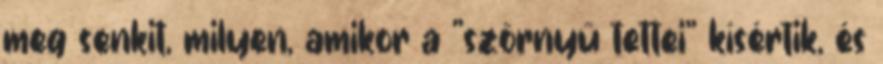
meg senkit, milyen, amikor a "szörnyű tettei" kísértik, és